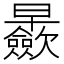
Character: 𱢴